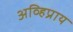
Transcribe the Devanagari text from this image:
अव्हिप्राय